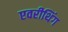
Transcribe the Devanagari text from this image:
एवरीथिंग